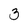
Character: 3